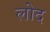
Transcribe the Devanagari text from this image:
लोद